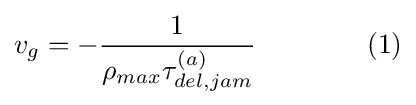
v_{g}=-{\frac {1}{\rho _{max}\tau _{del,jam}^{(a)}}}\qquad \qquad (1)